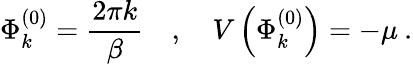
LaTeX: \Phi_{k}^{(0)}=\frac{2\pi k}{\beta}\quad,\quad V\left(\Phi_{k}^{(0)}\right)=-\mu\: .